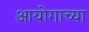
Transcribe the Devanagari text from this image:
आयोगाच्‍या